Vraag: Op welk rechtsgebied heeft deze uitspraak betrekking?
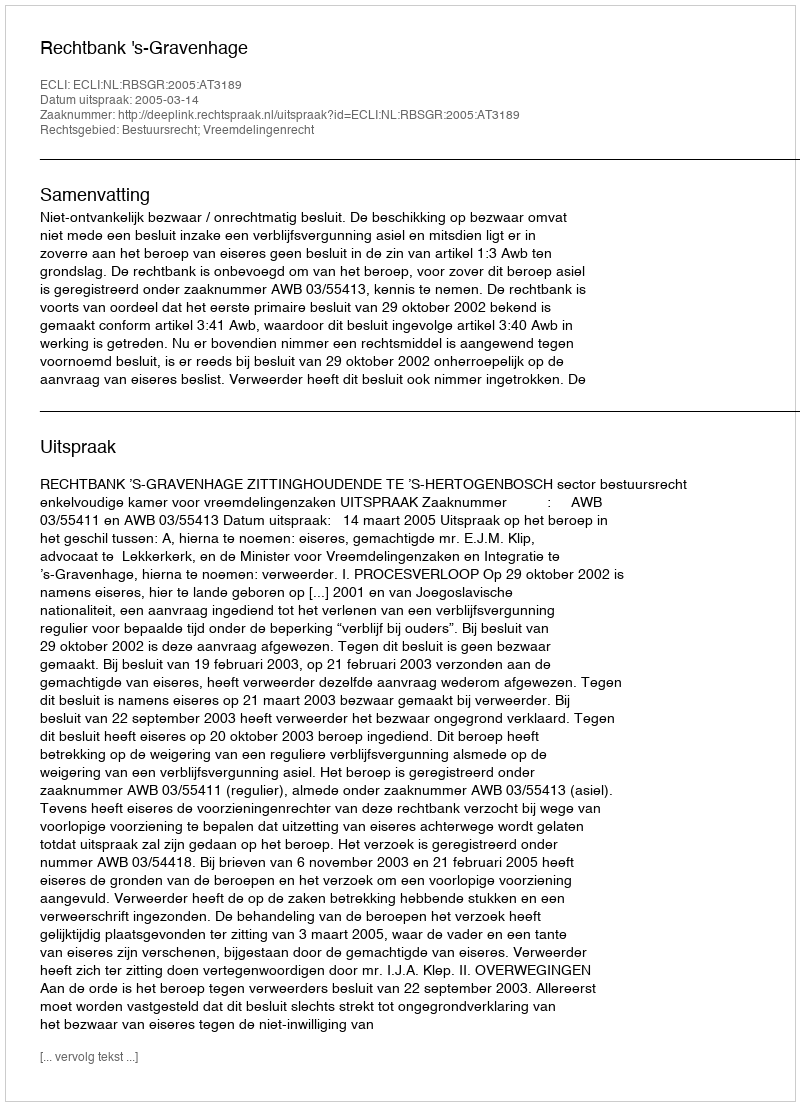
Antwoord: Bestuursrecht; Vreemdelingenrecht